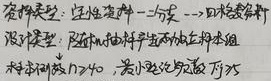
抽样类型：定性资料 - 分类 --- 匹配资料
设限类型：随机抽样产生而不在样本组
样本例数$n\geq 40$，若小理论频数$T\geq 5$